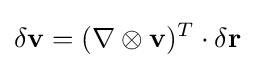
\delta \mathbf {v} =(\nabla \otimes \mathbf {v} )^{T}\cdot \delta \mathbf {r}